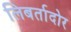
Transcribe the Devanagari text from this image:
लिबर्तादोर